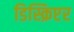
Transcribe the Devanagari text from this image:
डिस्क्रिप्टर